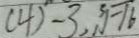
( 4 ) - 3 , \sqrt [ 3 ] { - 1 6 }